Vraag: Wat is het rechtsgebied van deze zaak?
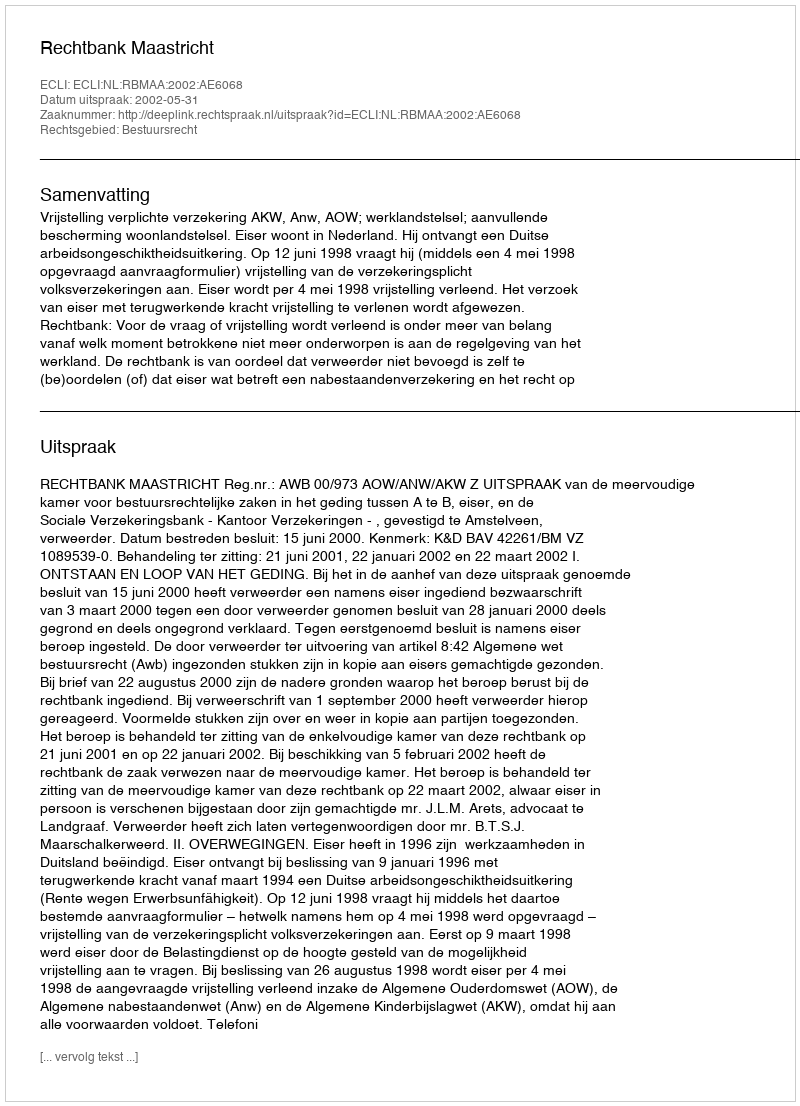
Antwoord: Bestuursrecht